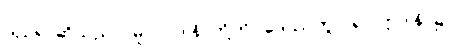
ယှဉ်၍ ဆိုသည်)။ မူလပဒါနိ၊ တို့ကို။ ဒေဿတွာ၊ ၍။ ဣဒါနိ၊ ၌။